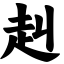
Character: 赳